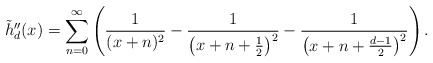
\begin{align*}\tilde{h}_d''(x) = \sum_{n=0}^\infty\left(\frac{1}{(x+n)^2}-\frac{1}{\left(x+n+\frac{1}{2}\right)^2}-\frac{1}{\left(x+n+\frac{d-1}{2}\right)^2}\right).\end{align*}